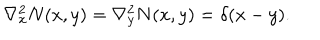
LaTeX: \nabla _ { x } ^ { 2 } N ( x , y ) = \nabla _ { y } ^ { 2 } N ( x , y ) = \delta ( x - y ) .